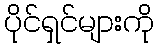
ပိုင်ရှင်များကို